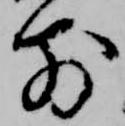
前